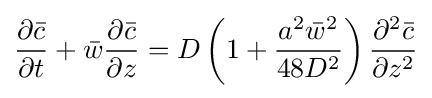
{\frac {\partial {\bar {c}}}{\partial t}}+{\bar {w}}{\frac {\partial {\bar {c}}}{\partial z}}=D\left(1+{\frac {a^{2}{\bar {w}}^{2}}{48D^{2}}}\right){\frac {\partial ^{2}{\bar {c}}}{\partial z^{2}}}